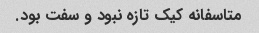
متاسفانه کیک تازه نبود و سفت بود.